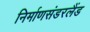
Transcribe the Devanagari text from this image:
निर्माणसंडरलैंड